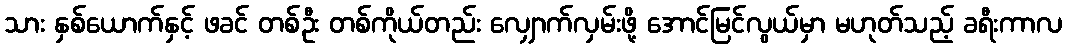
သား နှစ်ယောက်နှင့် ဖခင် တစ်ဦး တစ်ကိုယ်တည်း လျှောက်လှမ်းဖို့ အောင်မြင်လွယ်မှာ မဟုတ်သည့် ခရီးကာလ